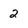
Character: 2